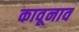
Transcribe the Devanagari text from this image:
कावूनाव